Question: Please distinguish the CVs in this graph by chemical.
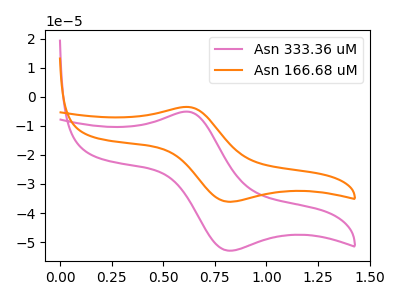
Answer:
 <answer>The pink curve is labeled "Asn 333.36 uM". The orange curve is labeled "Asn 166.68 uM".</answer>
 <eval></eval>